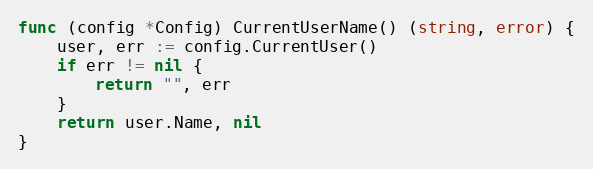
Language: Go
func (config *Config) CurrentUserName() (string, error) {
	user, err := config.CurrentUser()
	if err != nil {
		return "", err
	}
	return user.Name, nil
}